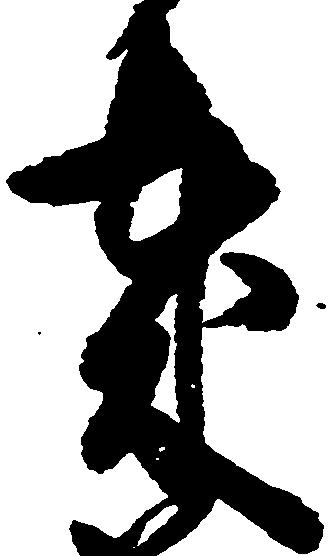
歳